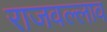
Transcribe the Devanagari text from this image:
राजवल्लाव